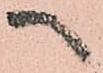
へ